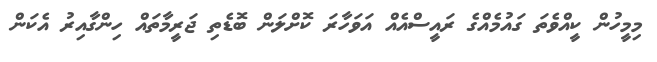
މިމީހުން ކީއްވެތަ ގައުމެއްގެ ރައީސްއެއް އަވަހާރަ ކޮށްލަން ބޮޑެތި ޖަރީމާތައް ހިންގާއިރު އެކަން